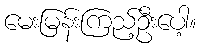
မေးမြန်းကြည့်ဦးပေါ့။